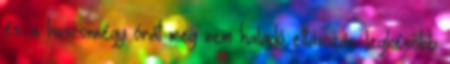
és a huszonnégy órát meg nem haladó eltávozás legkésőbb